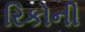
રિકોની